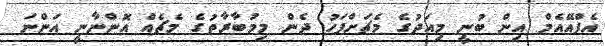
އެފްއޭއެމް އިން ބުނީ މިއަދުގެ މެޗަށްފަހު ދެން މިމުބާރާތުގެ މެޗެއް އޮންނާނީ އަންނަ